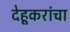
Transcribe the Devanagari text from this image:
देहूकरांचा